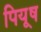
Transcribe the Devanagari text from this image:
पियूष